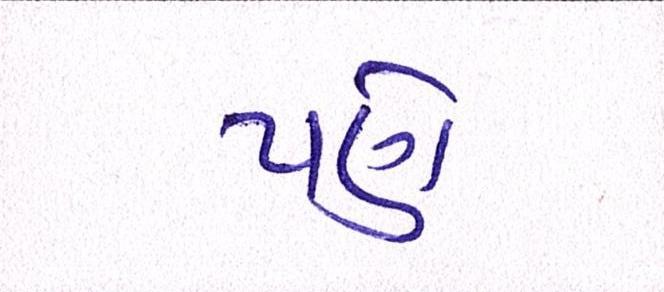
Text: પણે